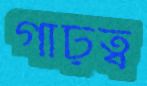
গাঢ়ত্ব